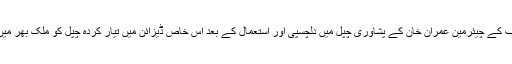
خیال رہے کہ پاکستان تحریک انصاف کے چیئرمین عمران خان کے پشاوری چپل میں دلچسپی اور استعمال کے بعد اس خاص ڈیزائن میں تیار کردہ چپل کو ملک بھر میں ایک الگ شناخت حاصل ہوگئی ہے۔